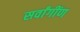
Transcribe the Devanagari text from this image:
सर्वांगींण